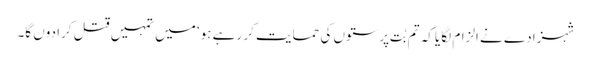
شہزادے نے الزام لگایا کہ تم بُت پرستوں کی حمایت کر رہے ہو‘ میں تمہیں قتل کرا دوں گا۔